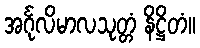
အင်္ဂုလိမာလသုတ္တံ နိဋ္ဌိတံ။